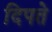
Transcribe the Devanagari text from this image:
दिपते